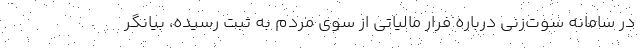
در سامانه سوت‌زنی درباره فرار مالیاتی از سوی مردم به ثبت رسیده، بیانگر